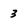
Character: 3